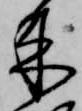
来